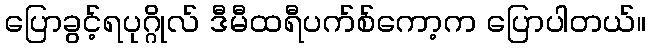
ပြောခွင့်ရပုဂ္ဂိုလ် ဒီမီထရီပက်စ်ကော့က ပြောပါတယ်။